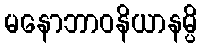
မနောဘာဝနိယာနမ္ပိ